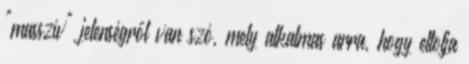
"masszív" jelenségről van szó, mely alkalmas arra, hogy eltolja